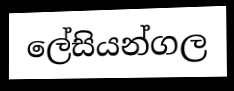
ලේසියන්ගල